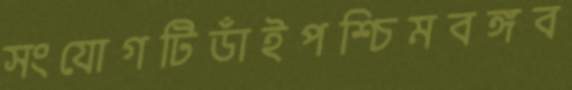
সংযোগটিডাঁইপশ্চিমবঙ্গব